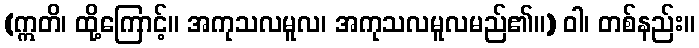
(ဣတိ၊ ထို့ကြောင့်။ အကုသလမူလ၊ အကုသလမူလမည်၏။) ဝါ၊ တစ်နည်း။